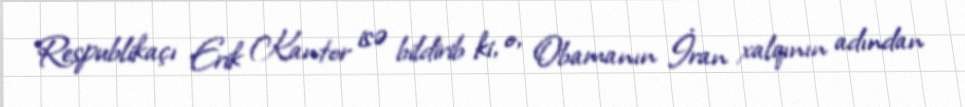
Respublikaçı Erik Kantor isə bildirib ki, o, Obamanın İran xalqının adından